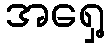
အရှေ့